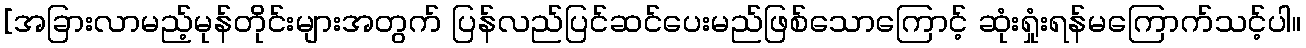
[အခြားလာမည့်မုန်တိုင်းများအတွက် ပြန်လည်ပြင်ဆင်ပေးမည်ဖြစ်သောကြောင့် ဆုံးရှုံးရန်မကြောက်သင့်ပါ။